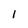
Character: I